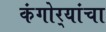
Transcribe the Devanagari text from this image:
कंगोर्‍यांचा